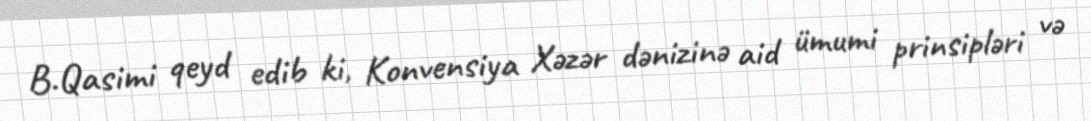
B.Qasimi qeyd edib ki, Konvensiya Xəzər dənizinə aid ümumi prinsipləri və